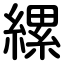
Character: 縲